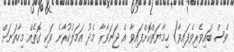
ވެސް ބައިވެރިވެފައިވާ) ހިމާޔަތްކޮށްފައިވާ އެ ޖަނަވާރާ މެދު އަމަލުކުރާނެ ވަކި ގޮތެއް މިހާތަނަށް